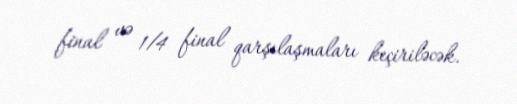
final və 1/4 final qarşılaşmaları keçiriləcək.